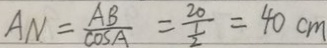
A N = \frac { A B } { \cos A } = \frac { 2 0 } { \frac { 1 } { 2 } } = 4 0 c m